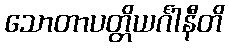
သောတာပတ္တိယင်္ဂါနီတိ